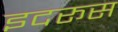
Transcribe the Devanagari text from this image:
इदरूस